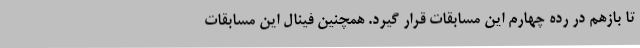
تا بازهم در رده چهارم این مسابقات قرار گیرد. همچنین فینال این مسابقات